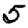
Digit: 5